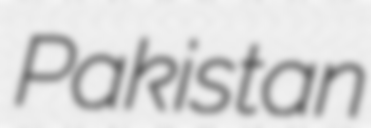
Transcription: Pakistan